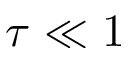
\tau \ll 1